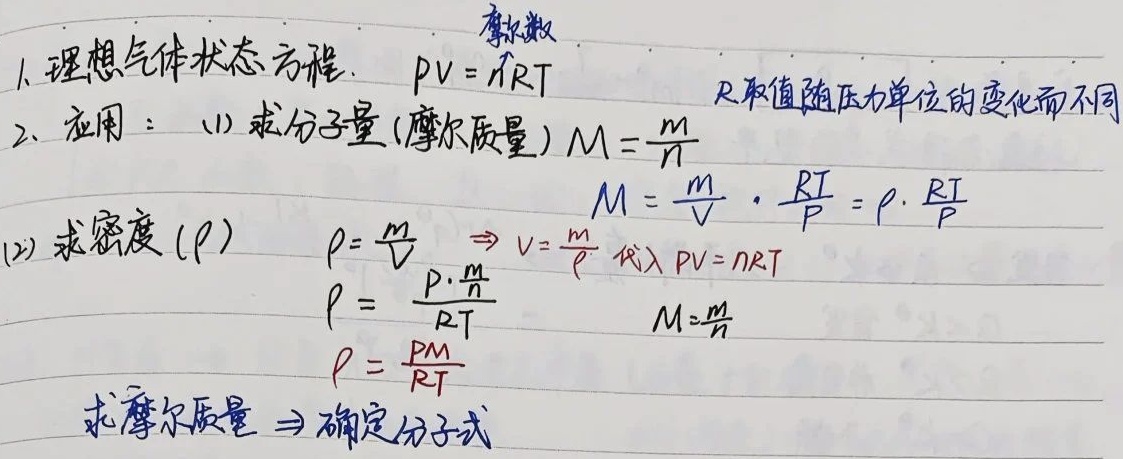
1. 理想气体状态方程：$PV = nRT$，摩尔数，$R$取值随压力单位的变化而不同。
2. 应用：
    - (1) 求分子量 (摩尔质量)
        - $M = \frac{m}{n}$
        - $M=\frac{m}{V}\cdot\frac{RT}{P}=\rho\cdot\frac{RT}{P}$
    - (2) 求密度 ($\rho$)
        - $\rho=\frac{m}{V}$，$\Rightarrow V = \frac{m}{\rho}$，代入$PV = nRT$
        - $\rho=\frac{P\cdot\frac{m}{n}}{RT}$，$M = \frac{m}{n}$
        - $\rho=\frac{PM}{RT}$，求摩尔质量$\Rightarrow$确定分子式